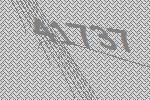
41737